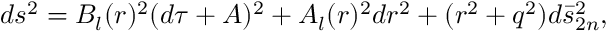
d s ^ { 2 } = B _ { l } ( r ) ^ { 2 } ( d \tau + A ) ^ { 2 } + A _ { l } ( r ) ^ { 2 } d r ^ { 2 } + ( r ^ { 2 } + q ^ { 2 } ) d \bar { s } _ { 2 n } ^ { 2 } ,